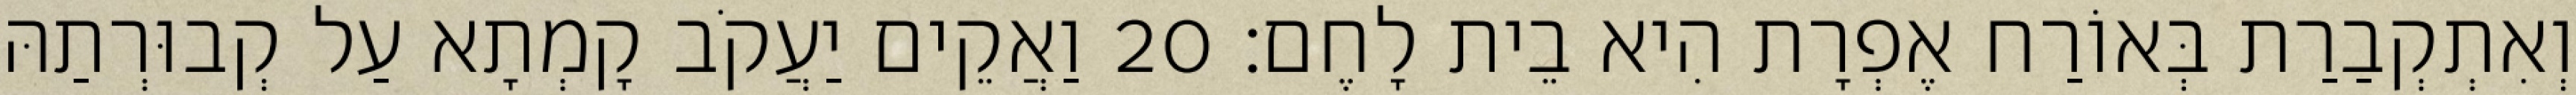
וְאִתְקְבַרַת בְּאוֹרַח אֶפְרָת הִיא בֵית לָחֶם׃ 20 וַאֲקֵים יַעֲקֹב קָמְתָא עַל קְבוּרְתַהּ